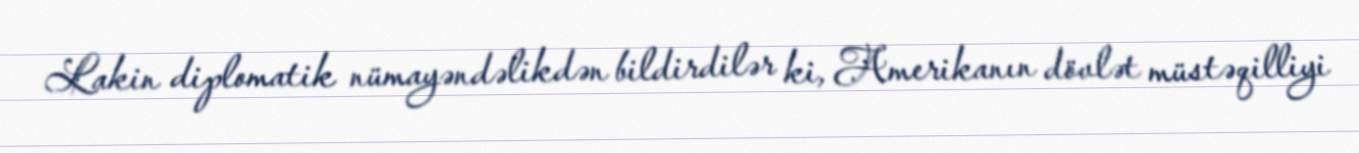
Lakin diplomatik nümayəndəlikdən bildirdilər ki, Amerikanın dövlət müstəqilliyi